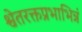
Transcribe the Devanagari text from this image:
श्वेतरक्तप्रभाभिन्नं